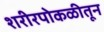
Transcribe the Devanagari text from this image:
शरीरपोकळीतून